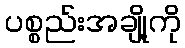
ပစ္စည်းအချို့ကို